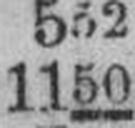
1150